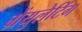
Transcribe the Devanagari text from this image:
ग्रेंयुलेटिंग